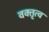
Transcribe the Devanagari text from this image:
वक्‍तृत्‍व